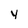
Character: y